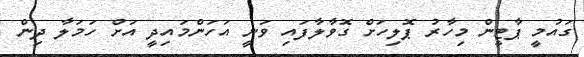
ގައުމީ ޕާޓީން މިހާރު ޕޮލިހަށް ގޮވާލާފައި ވަނީ އަހަންމައިދީ އަށް ހަމަލާ ދިން